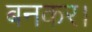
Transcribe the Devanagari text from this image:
बनकर।